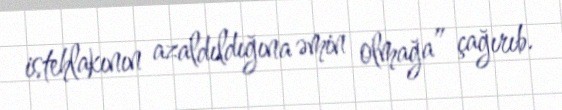
istehlakının azaldıldığına əmin olmağa” çağırıb.